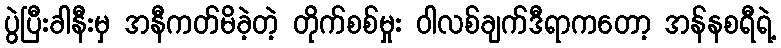
ပွဲပြီးခါနီးမှ အနီကတ်မိခဲ့တဲ့ တိုက်စစ်မှုး ဝါလစ်ချက်ဒီရာကတော့ အန်နစရီရဲ့